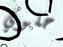
حلوي